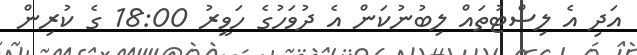
އަދި އެ ލިސްޓުތައް ލިބުނުކަން އެ ދުވަހުގެ ހަވީރު 18:00 ގެ ކުރިން